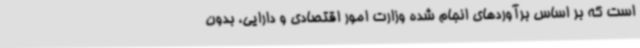
است که بر اساس برآوردهای انجام شده وزارت امور اقتصادی و دارایی، بدون